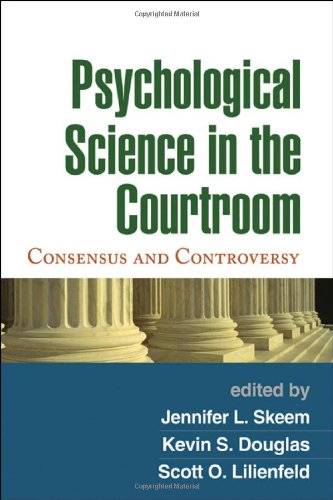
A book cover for Psychological Science in the Courtroom: Consensus and Controversy; Law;